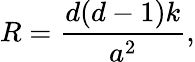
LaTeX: R=\frac{d(d-1)k}{a^{2}},